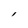
Character: l